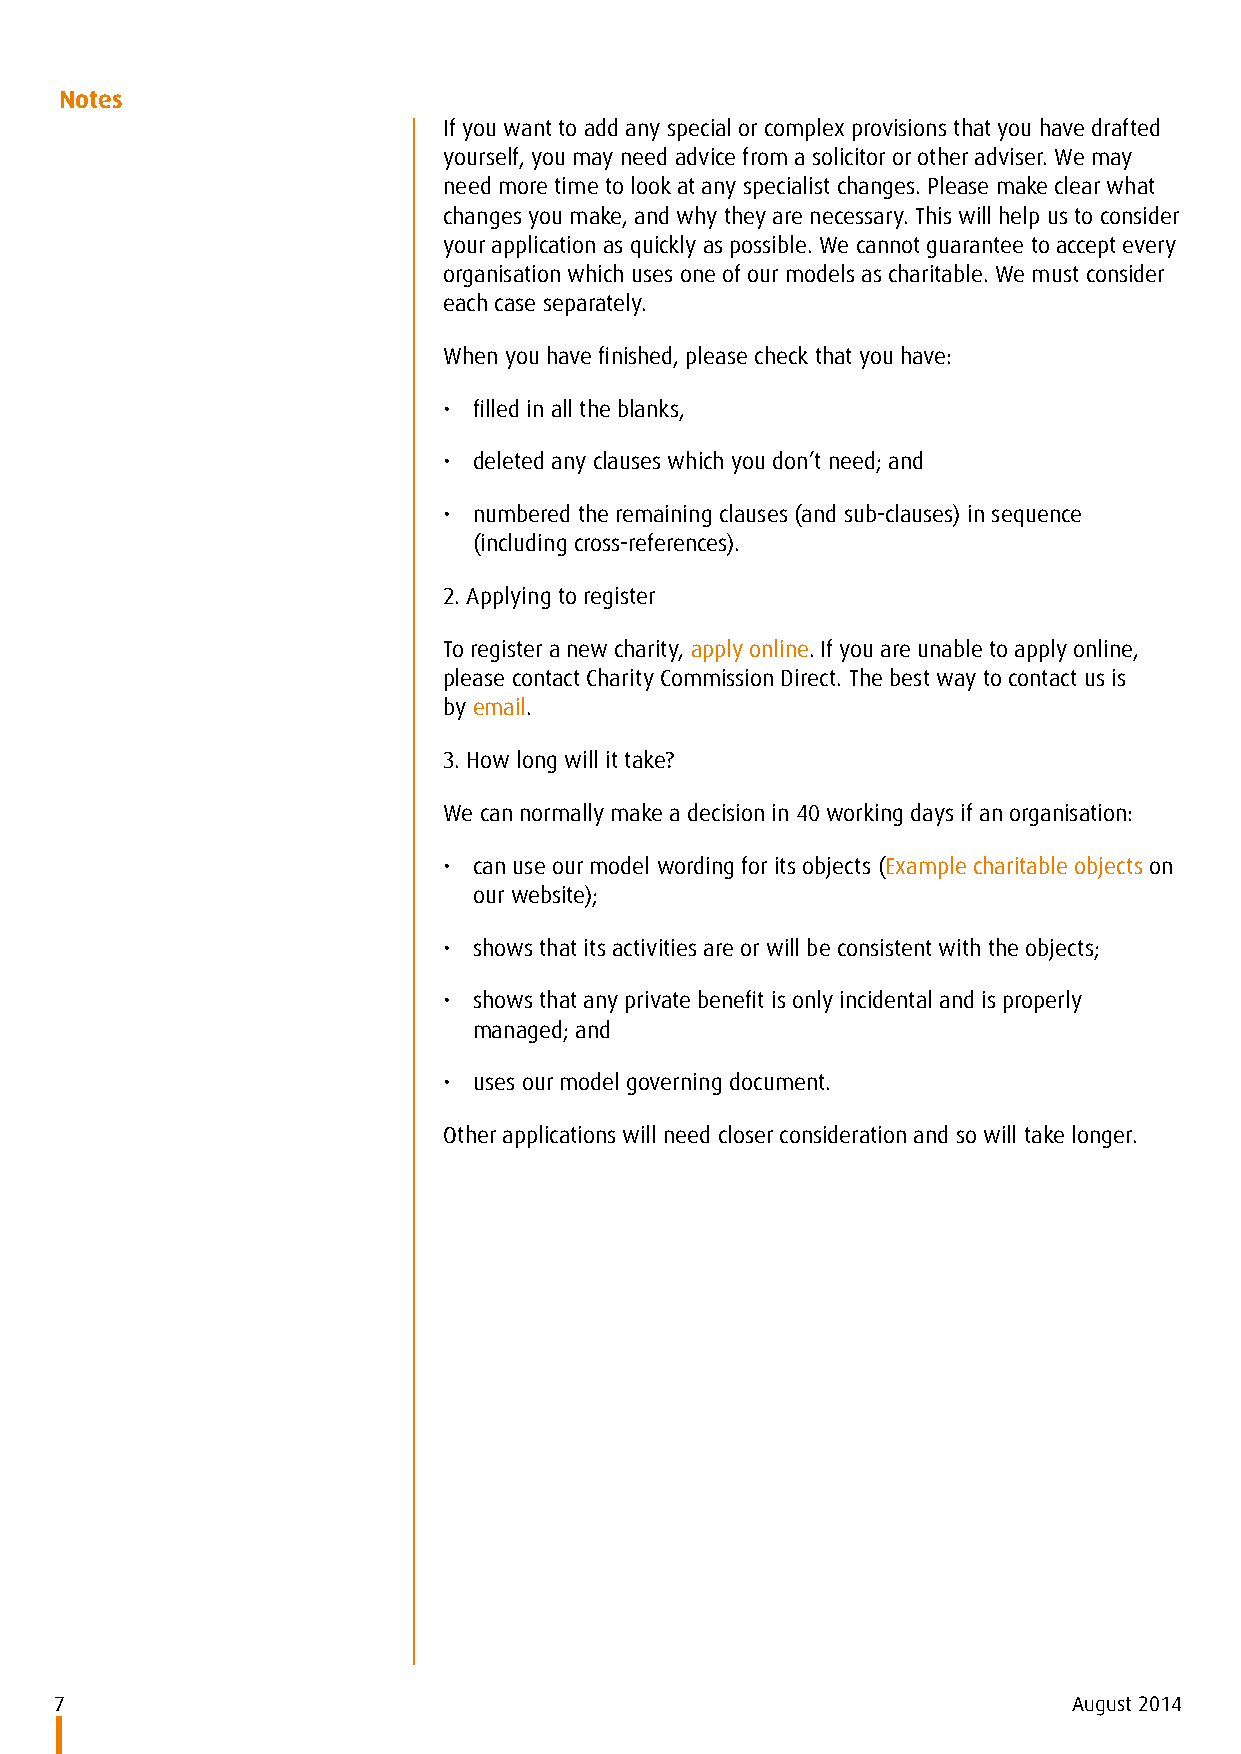
Notes
 If you want to add any special or complex provisions that you have drafted
 yourself, you may need advice from a solicitor or other adviser. We may
 need more time to look at any specialist changes. Please make clear what
 changes you make, and why they are necessary. This will help us to consider
 your application as quickly as possible. We cannot guarantee to accept every
 organisation which uses one of our models as charitable. We must consider
 each case separately.
 When you have finished, please check that you have:
 • filled in all the blanks,
 • deleted any clauses which you don’t need; and
 • numbered the remaining clauses (and sub-clauses) in sequence
 (including cross-references).
 2. Applying to register
 To register a new charity, apply online. If you are unable to apply online,
 please contact Charity Commission Direct. The best way to contact us is
 by email.
 3. How long will it take?
 We can normally make a decision in 40 working days if an organisation:
 • can use our model wording for its objects (Example charitable objects on
 our website);
 • shows that its activities are or will be consistent with the objects;
 • shows that any private benefit is only incidental and is properly
 managed; and
 • uses our model governing document.
 Other applications will need closer consideration and so will take longer.
 7                                                                  August 2014